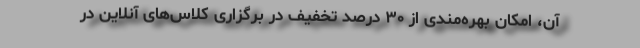
آن، امکان بهره‌مندی از ۳۰ درصد تخفیف در برگزاری کلاس‌های آنلاین در